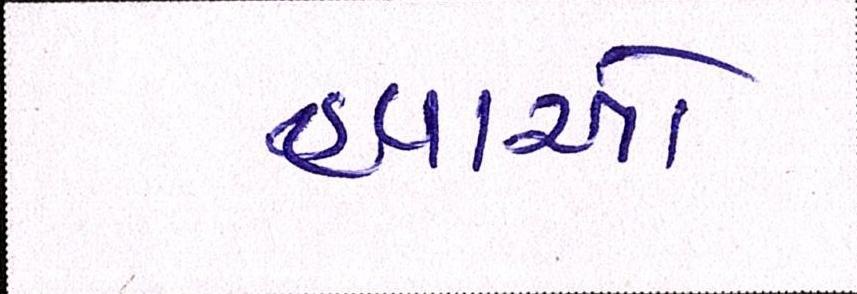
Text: હવાઓ